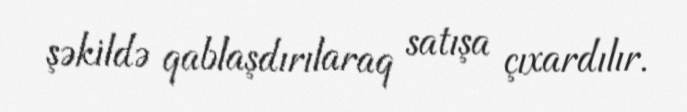
şəkildə qablaşdırılaraq satışa çıxardılır.